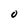
Character: 0